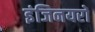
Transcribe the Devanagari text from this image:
इंजिनयरों